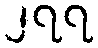
၂၇၇